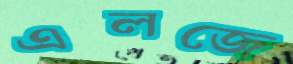
এলজে